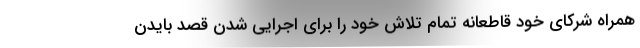
همراه شرکای خود قاطعانه تمام تلاش خود را برای اجرایی شدن قصد بایدن